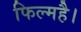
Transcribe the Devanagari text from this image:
फिल्महै।